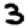
Digit: 3